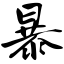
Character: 暴